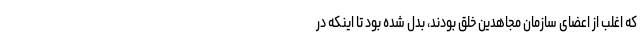
که اغلب از اعضای سازمان مجاهدین خلق بودند، بدل شده بود تا اینکه در